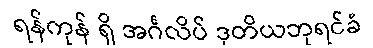
ရန်ကုန် ရှိ အင်္ဂလိပ် ဒုတိယဘုရင်ခံ